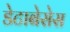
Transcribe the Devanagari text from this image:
डेटाबेसेस